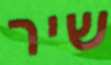
שיר